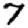
Digit: 7